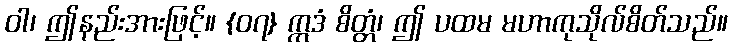
ဝါ၊ ဤနည်းအားဖြင့်။ {၀၇} ဣဒံ စိတ္တံ၊ ဤ ပထမ မဟာကုသိုလ်စိတ်သည်။